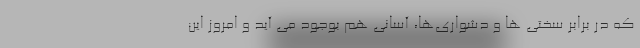
که در برابر سختی ها و دشواری‌ها، آسانی هم بوجود می آید و امروز این